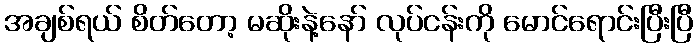
အချစ်ရယ် စိတ်တော့ မဆိုးနဲ့နော် လုပ်ငန်းကို မောင်ရောင်းပြီးပြီ